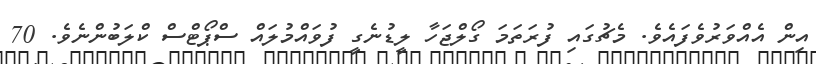
އިން އެއްވަރުވެފައެވެ. މެޗުގައި ފުރަތަމަ ގޯލްޖަހާ ލީޑުނެގީ ފުވައްމުލައް ސްޕޯޓްސް ކްލަބުންނެވެ. 70